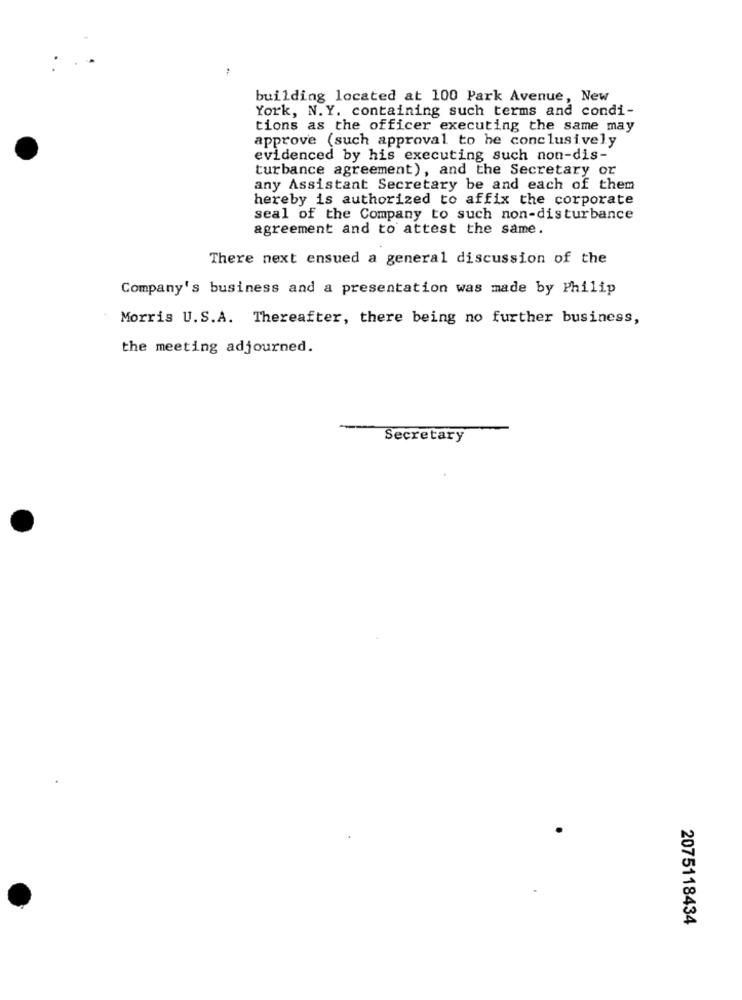
building located at 100 Park Avenue, New
York, N. Y. containing such terms and condi-
tions as the officer executing the same may
approve (such approval to he conclusively
evidenced by his executing such non-dis-
turbance agreement), and the Secretary or
any Assistant Secretary be and each of them
hereby is authorized to affix the corporate
seal of the Company to such non-disturbance
agreement and to attest the same.
There next ensued a general discussion of the
Company's business and a presentation was made by Philip
Morris U.S.A. Thereafter, there being no further business,
the meeting adjourned.
Secretary
2075118434